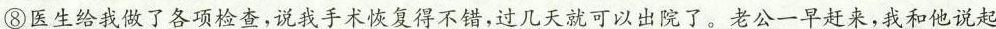
⑧医生给我做了各项检查，说我手术恢复得不错，过几天就可以出院了。老公一早赶来，我和他说起